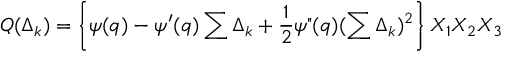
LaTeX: { \cal Q } ( \Delta _ { k } ) = \left\{ \psi ( q ) - \psi ^ { \prime } ( q ) \sum \Delta _ { k } + \frac { 1 } { 2 } \psi " ( q ) ( \sum \Delta _ { k } ) ^ { 2 } \right\} X _ { 1 } X _ { 2 } X _ { 3 }